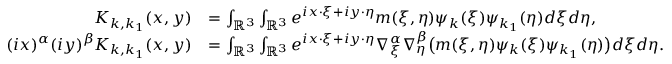
\begin{array} { r l } { K _ { k , k _ { 1 } } ( x , y ) } & { = \int _ { \mathbb { R } ^ { 3 } } \int _ { \mathbb { R } ^ { 3 } } e ^ { i x \cdot \xi + i y \cdot \eta } m ( \xi , \eta ) \psi _ { k } ( \xi ) \psi _ { k _ { 1 } } ( \eta ) d \xi d \eta , } \\ { ( i x ) ^ { \alpha } ( i y ) ^ { \beta } K _ { k , k _ { 1 } } ( x , y ) } & { = \int _ { \mathbb { R } ^ { 3 } } \int _ { \mathbb { R } ^ { 3 } } e ^ { i x \cdot \xi + i y \cdot \eta } \nabla _ { \xi } ^ { \alpha } \nabla _ { \eta } ^ { \beta } \big ( m ( \xi , \eta ) \psi _ { k } ( \xi ) \psi _ { k _ { 1 } } ( \eta ) \big ) d \xi d \eta . } \end{array}